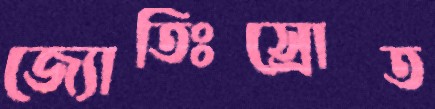
জ্যোতিঃস্রোত